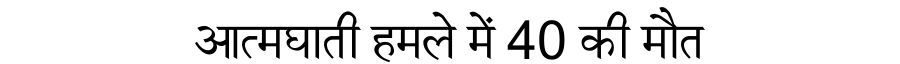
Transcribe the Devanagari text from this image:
आत्मघाती हमले में 40 की मौत